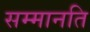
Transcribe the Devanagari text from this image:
सम्मानति